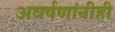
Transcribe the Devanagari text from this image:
अवर्षणांनीही